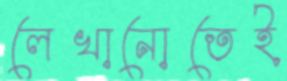
লেখানোতেই